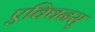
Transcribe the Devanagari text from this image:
एक्विनस्